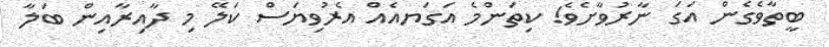
ބީތާވެގެން އަގަ ނާރުވާށެވެ! ކިތަންމެ އަގަޔއެއް އެރުވިޔަސް ކަލޭ މި ދާއިރާއިން ބަލާ